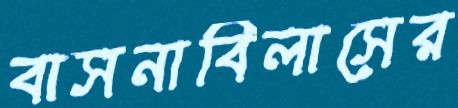
বাসনাবিলাসের